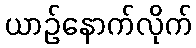
ယာဉ်နောက်လိုက်